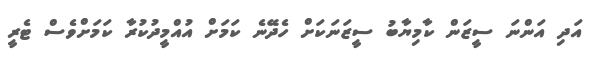
އަދި އަންނަ ސީޒަން ކާމިޔާބު ސީޒަނަކަށް ހެދޭނެ ކަމަށް އުއްމީދުކުރާ ކަމަށްވެސް ޓެރީ